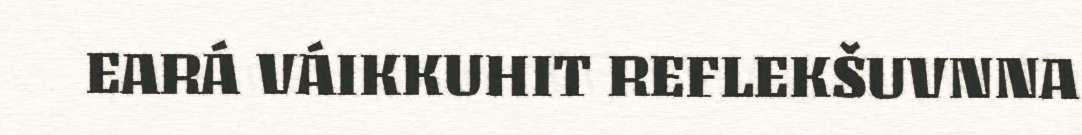
EARÁ VÁIKKUHIT REFLEKŠUVNNA